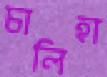
চালিহা